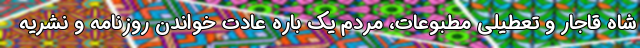
شاه قاجار و تعطیلی مطبوعات، مردم یک باره عادت خواندن روزنامه و نشریه